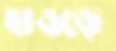
হাওড়ে